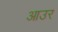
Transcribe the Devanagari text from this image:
आउर